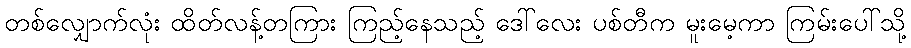
တစ်လျှောက်လုံး ထိတ်လန့်တကြား ကြည့်နေသည့် ဒေါ်လေး ပစ်တီက မူးမေ့ကာ ကြမ်းပေါ်သို့